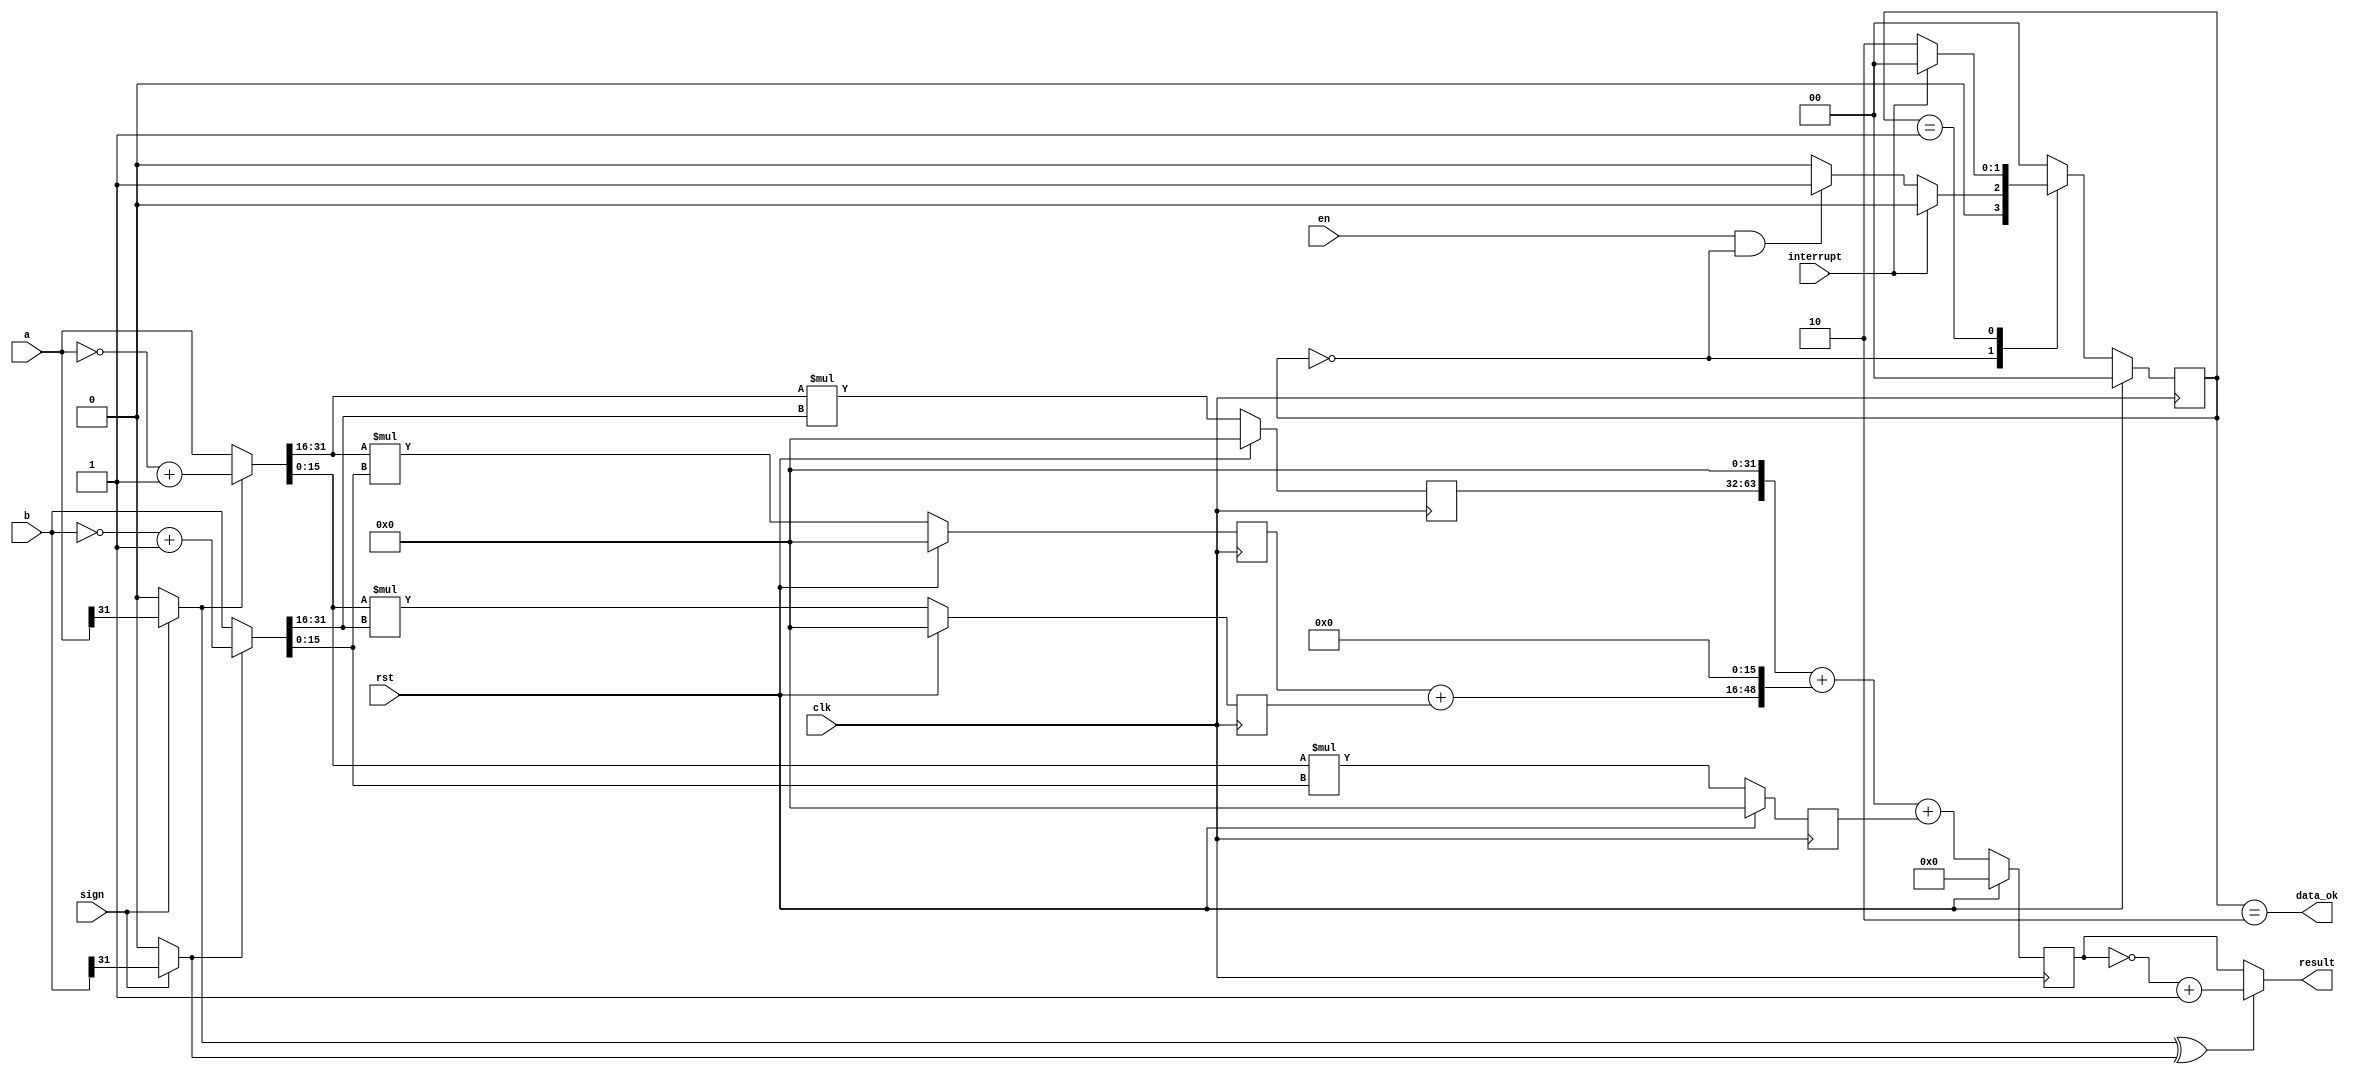
module mul(
    input   wire                clk, rst, en,
    input   wire    [31:0]      a,
    input   wire    [31:0]      b,
    input   wire                sign,
    input   wire                interrupt,      // flush
    output                      data_ok,        // 
    output  wire    [63:0]      result
);
    // mealy     idle -> busy -> idle
    // busy  idle  data_ok ,  en  data_ok 
    // 
    localparam IDLE = 2'b00, STAGE1 = 2'b01, STAGE2 = 2'b10;
    wire drive_en;
    reg [1: 0] state;
    assign drive_en = en & (state == IDLE);
    always @(posedge clk) begin
        if (rst) begin
            state <= IDLE;
        end
        else begin
            case (state)
                IDLE:   state <= interrupt ? IDLE: drive_en ? STAGE1 : IDLE;
                STAGE1: state <= interrupt ? IDLE: STAGE2;
                STAGE2: state <= IDLE;
                default: state <= IDLE; 
            endcase
        end
    end
    // 
    wire sign_a = sign ? a[31] : 1'b0;
    wire sign_b = sign ? b[31] : 1'b0;
    wire [31:0] abs_a = sign_a ? ((~a) + 1) : a;
    wire [31:0] abs_b = sign_b ? ((~b) + 1) : b;
    wire [15:0] a1, a2, b1, b2;
    assign a1 = abs_a[31: 16];
    assign a2 = abs_a[15: 0 ];
    assign b1 = abs_b[31: 16];
    assign b2 = abs_b[15: 0 ];
    reg [31: 0] a1b1, a1b2, a2b1, a2b2;
    reg [63: 0] abs_result;
    // pipeline computing
    always @(posedge clk) begin
        if (rst) begin
            a1b1 <= 32'b0;
            a1b2 <= 32'b0;
            a2b1 <= 32'b0;
            a2b2 <= 32'b0;
        end
        else begin
            a1b1 <= a1 * b1;
            a1b2 <= a1 * b2;
            a2b1 <= a2 * b1;
            a2b2 <= a2 * b2;
        end
    end

    always @(posedge clk) begin
        if (rst) begin
            abs_result <= 64'b0;
        end
        else begin
            abs_result <= ( a1b1 << 32 ) + ( (a1b2 + a2b1) << 16 ) + a2b2;
        end
    end

    // 
    assign result = (sign_a ^ sign_b) ? (~abs_result + 1) : abs_result;
    assign data_ok = state == STAGE2;
    /* 
    * en           _ - _ _ _
    * state        I I 1 2 I
    * data_ok      _ _ _ - _
    */
endmodule